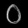
Digit: ၀